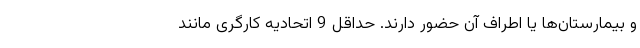
و بیمارستان‌ها یا اطراف آن حضور دارند. حداقل 9 اتحادیه کارگری مانند